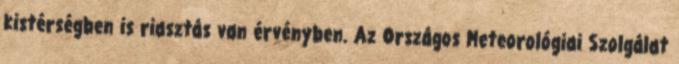
kistérségben is riasztás van érvényben. Az Országos Meteorológiai Szolgálat